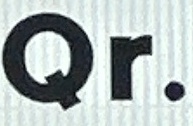
Qr.